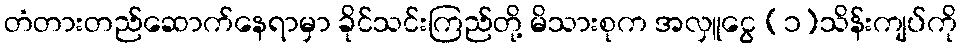
တံတားတည်ဆောက်နေရာမှာ ခိုင်သင်းကြည်တို့ မိသားစုက အလှူငွေ (၁)သိန်းကျပ်ကို